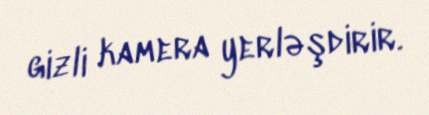
gizli kamera yerləşdirir.